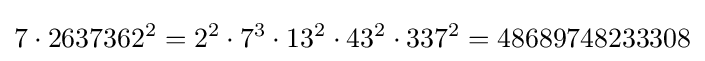
7\cdot 2637362^{2}=2^{2}\cdot 7^{3}\cdot 13^{2}\cdot 43^{2}\cdot 337^{2}=48689748233308